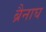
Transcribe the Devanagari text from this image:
ब्रैनाघ